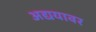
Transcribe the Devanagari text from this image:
अद्ययावर